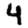
Digit: 4